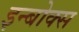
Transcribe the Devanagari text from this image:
इन्बोक्स